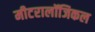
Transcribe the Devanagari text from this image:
मीटरालॉजिकल